Document type: Grant of rights
Year: 1326
Scribe: Bernat de Vilarúbia
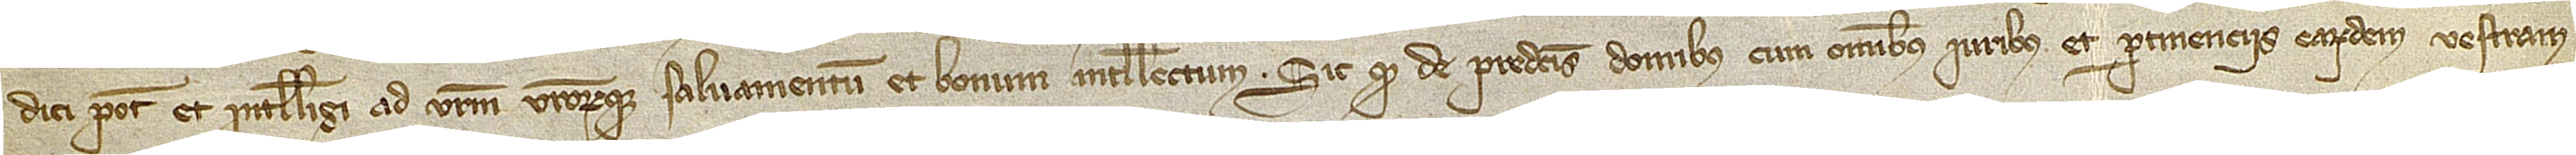
dici potest et intelligi ad vestrum vestrorumque salvamentum et bonum intellectum. Sic quod de predictis domibus cum omnibus iuribus et pertinenciis earumdem vestram